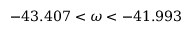
- 4 3 . 4 0 7 < \omega < - 4 1 . 9 9 3